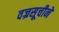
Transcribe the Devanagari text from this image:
वज्रसूचीने